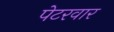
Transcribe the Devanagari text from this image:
पेटरवार